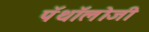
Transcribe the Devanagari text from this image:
पॅथॉलॊजी